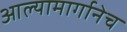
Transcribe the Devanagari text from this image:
आल्यामार्गानेच